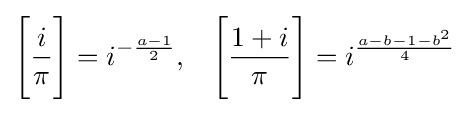
{\Bigg [}{\frac {i}{\pi }}{\Bigg ]}=i^{-{\frac {a-1}{2}}},\;\;\;{\Bigg [}{\frac {1+i}{\pi }}{\Bigg ]}=i^{\frac {a-b-1-b^{2}}{4}}